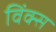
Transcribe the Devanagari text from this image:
विंक्स